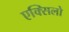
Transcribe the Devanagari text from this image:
एक्सिलो